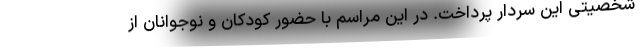
شخصیتی این سردار پرداخت. در این مراسم با حضور کودکان و نوجوانان از